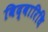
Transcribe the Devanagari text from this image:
विद्वारिधि